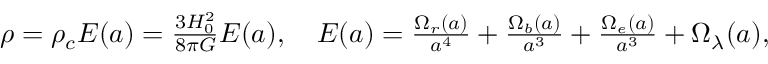
\begin{array} { r } { \rho = \rho _ { c } E ( a ) = \frac { 3 H _ { 0 } ^ { 2 } } { 8 \pi G } E ( a ) , \quad E ( a ) = \frac { \Omega _ { r } ( a ) } { a ^ { 4 } } + \frac { \Omega _ { b } ( a ) } { a ^ { 3 } } + \frac { \Omega _ { e } ( a ) } { a ^ { 3 } } + \Omega _ { \lambda } ( a ) , \quad } \end{array}